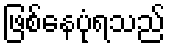
ဖြစ်နေပုံရသည်